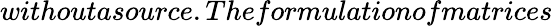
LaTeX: withoutasource.The{formulationofmatrices}